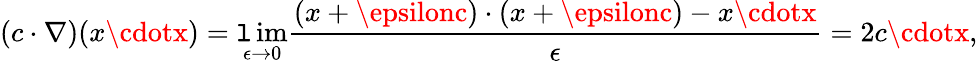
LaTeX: (c\cdot\nabla)(x\cdotx)=\operatorname*{\mathtt{l}im}_{\epsilon\to0}{\frac{{(x+\epsilonc)\cdot(x+\epsilonc)-x\cdotx}}{{\epsilon}}}=2c\cdotx,